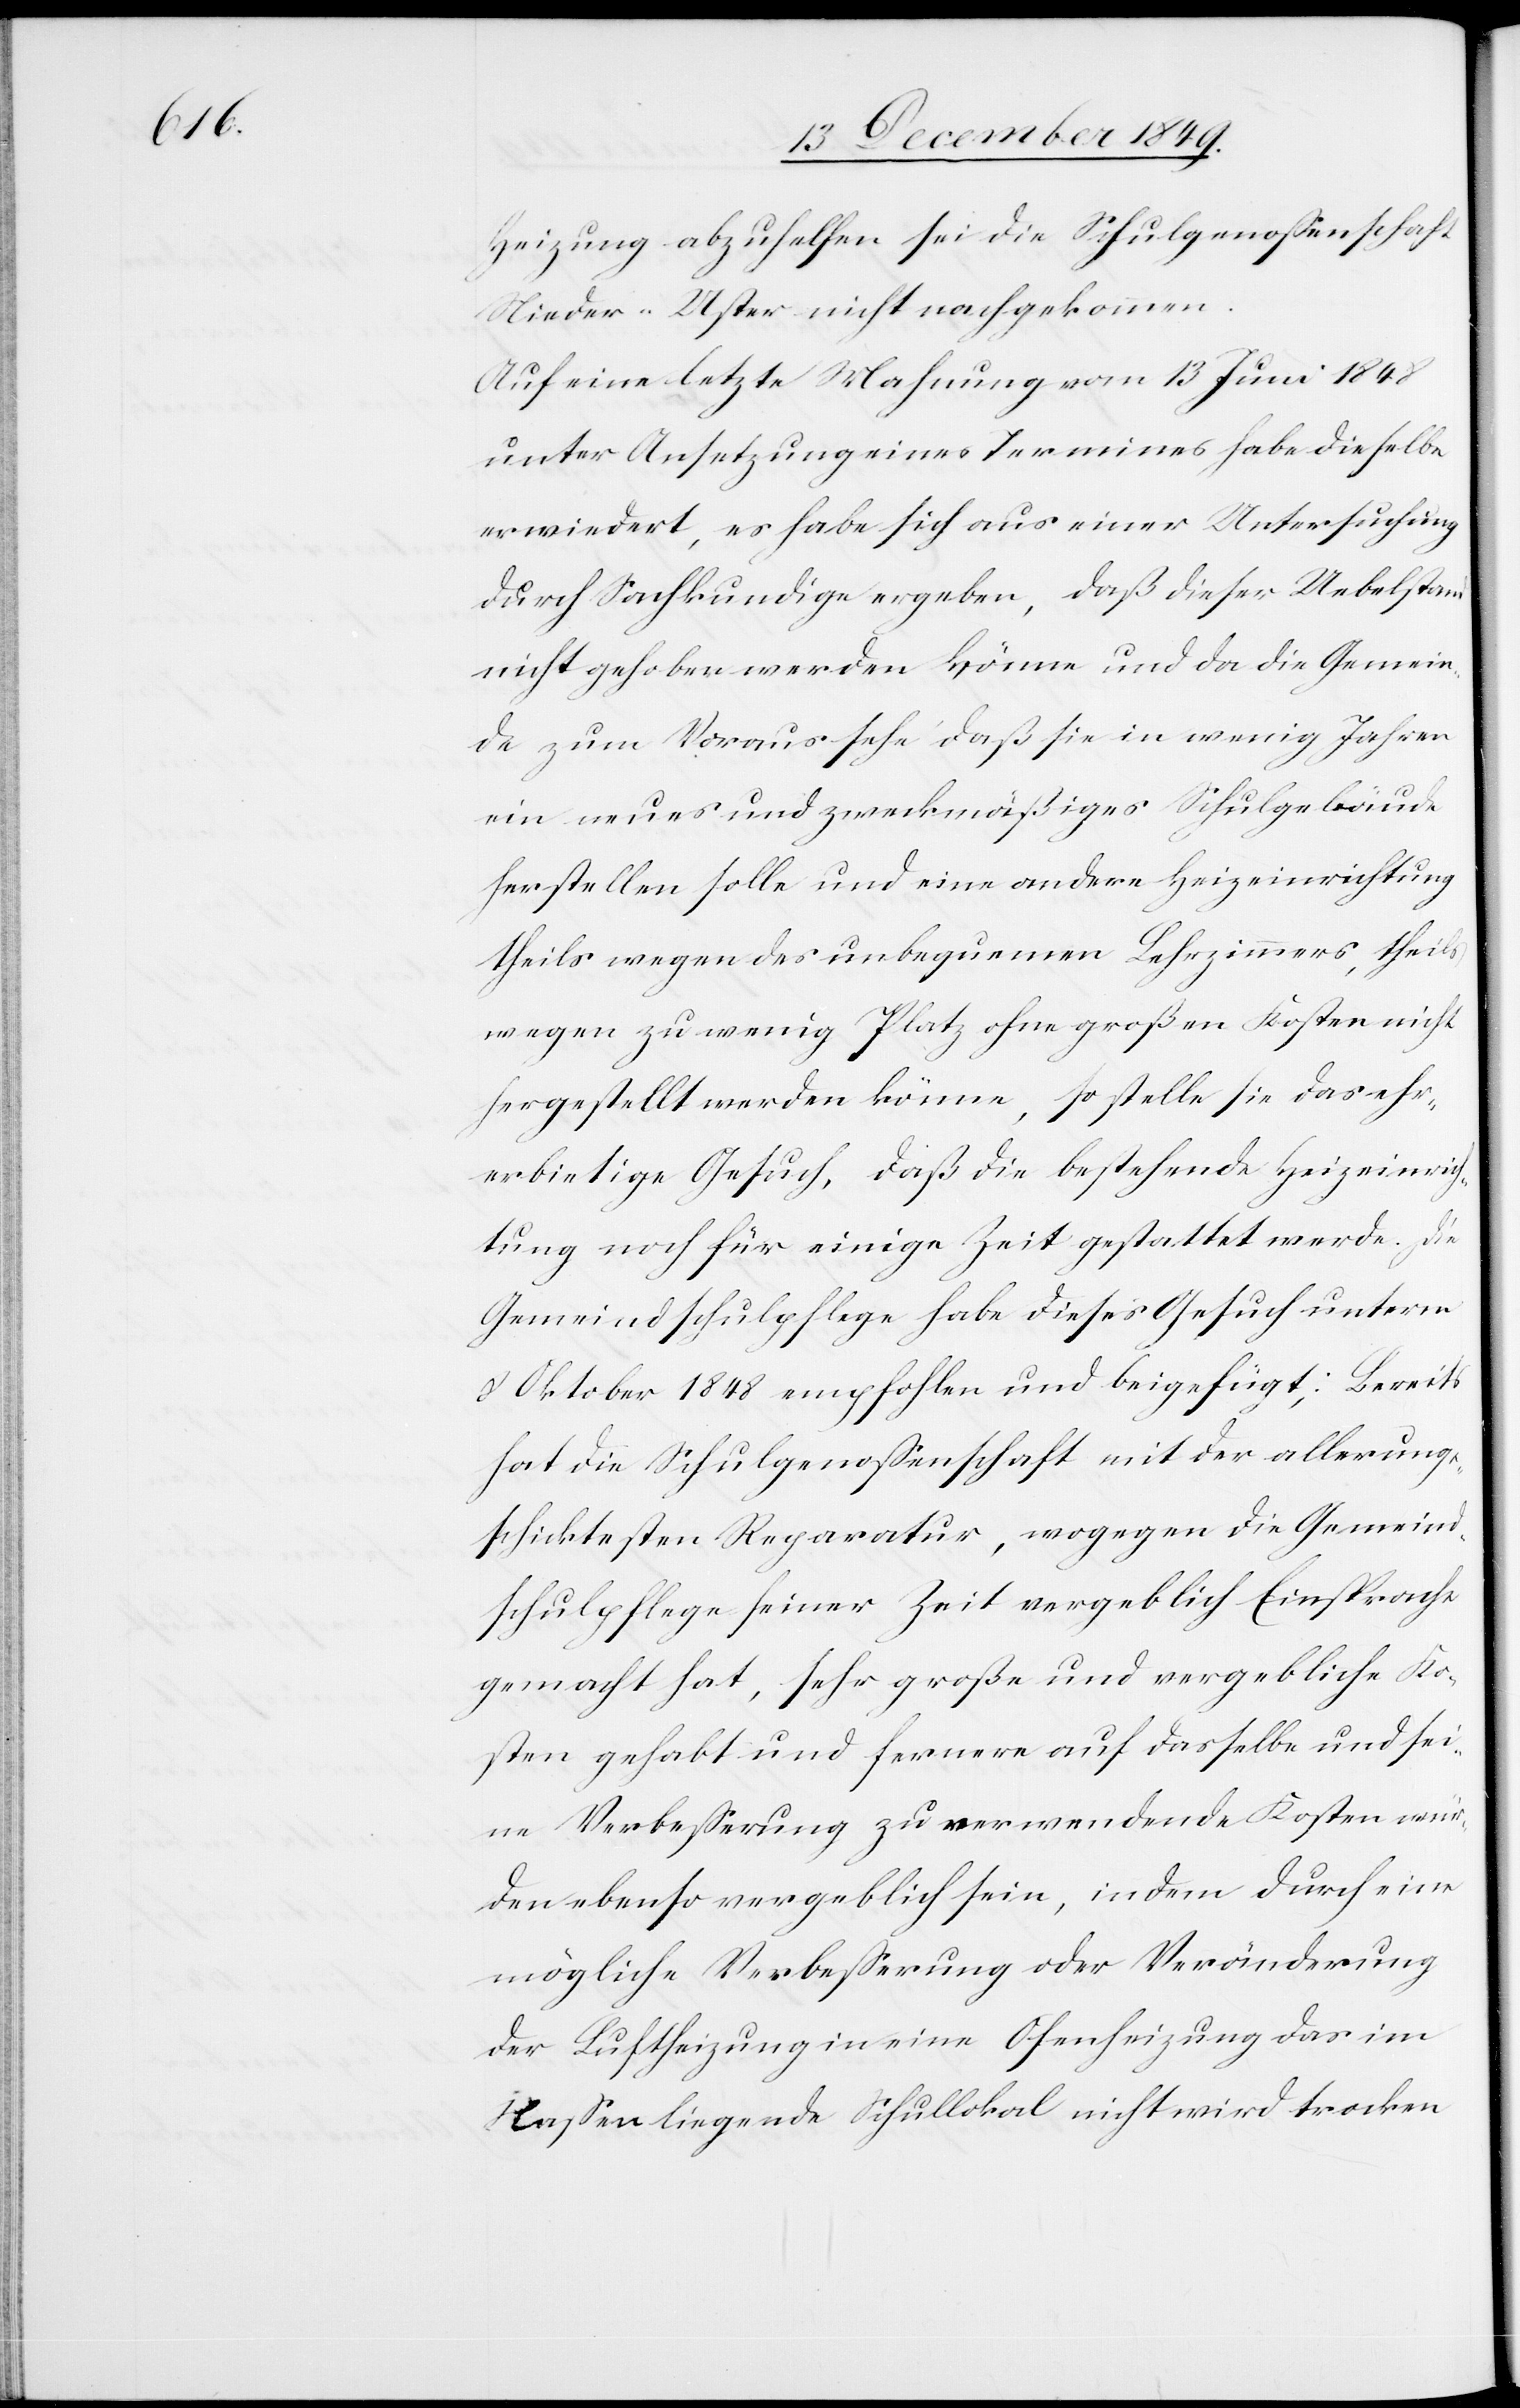
Heizung abzuhelfen sei die Schulgenoßenschaft
Nieder-Uster nicht nachgekommen.
Auf eine letzte Mahnung vom 13 Juni 1848
unter Ansetzung eines Termines habe dieselbe
erwiedert, es habe sich aus einer Untersuchung
durch Sachkundige ergeben, daß dieser Uebelstand
nicht gehoben werden könne und da die Gemein¬
de zum Voraus sehe daß sie in wenig Jahren
ein neues und zweckmäßiges Schulgebäude
herstellen solle und eine andere Heizeinrichtung
theils wegen des unbequemen Lehrzimmers, theils
wegen zu wenig Platz ohne großen [sic!] Kosten nicht
hergestellt werden könne, so stelle sie das ehr¬
erbietige Gesuch, daß die bestehende Heizeinrich¬
tung noch für einige Zeit gestattet werde. Die
Gemeindschulpflege habe dieses Gesuch unterm
8 Oktober 1848 empfohlen und beigefügt; Bereits
hat die Schulgenoßenschaft mit der allerunge¬
schicktesten Reparatur, wogegen die Gemeind¬
schulpflege seiner Zeit vergeblich Einsprache
gemacht hat, sehr große und vergebliche Ko¬
sten gehabt und fernere auf dasselbe und sei¬
ne Verbeßerung zu verwendende Kosten wür¬
den ebenso vergeblich sein, indem durch eine
mögliche Verbeßerung oder Veränderung
der Luftheizung in eine Ofenheizung das im
Naßen liegende Schullokal nicht wird trocken